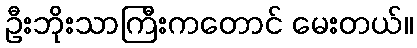
ဦးဘိုးသာကြီးကတောင် မေးတယ်။